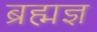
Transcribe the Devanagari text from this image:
ब्रह्मज्ञ